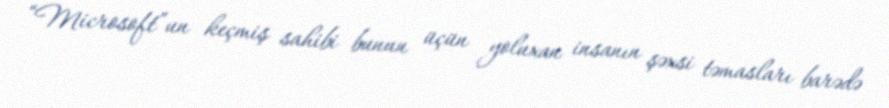
“Microsoft”un keçmiş sahibi bunun üçün yoluxan insanın şəxsi təmasları barədə